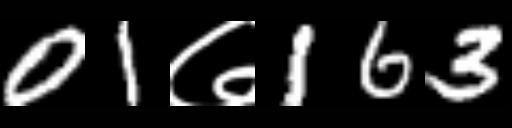
Text: 01७163